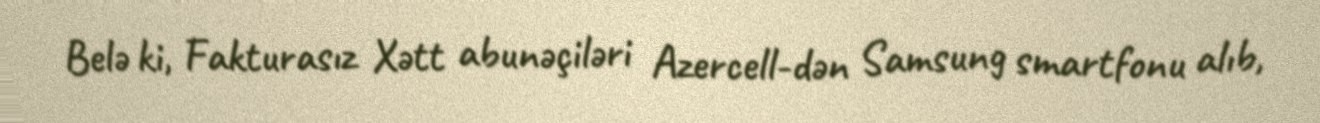
Belə ki, Fakturasız Xətt abunəçiləri Azercell-dən Samsung smartfonu alıb,